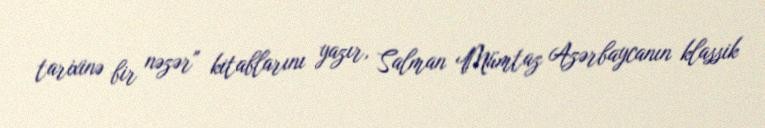
tarixinə bir nəzər" kitablarını yazır, Salman Mümtaz Azərbaycanın klassik